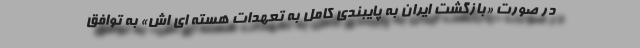
در صورت «بازگشت ایران به پایبندی کامل به تعهدات هسته ای اش» به توافق